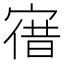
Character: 𡩤